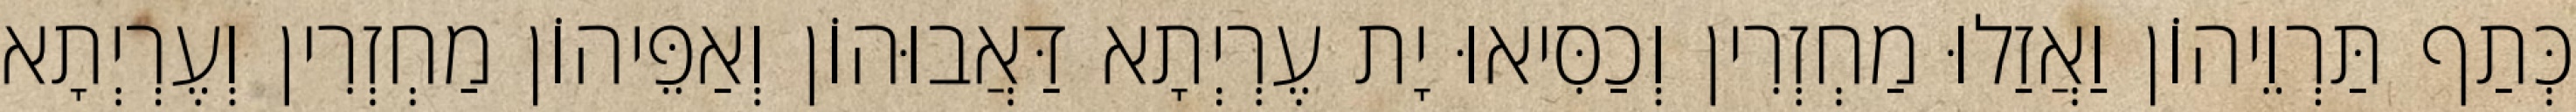
כְּתַף תַּרְוֵיהוֹן וַאֲזַלוּ מַחְזְרִין וְכַסִּיאוּ יָת עֶרְיְתָא דַּאֲבוּהוֹן וְאַפֵּיהוֹן מַחְזְרִין וְעֶרְיְתָא